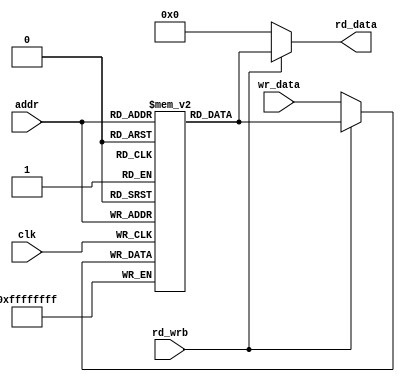
// Code your design here
module ram #(parameter ADDR_SIZE=4,
        parameter DATA_SIZE=32) (
  input clk,
  input [ADDR_SIZE-1:0] addr,
  input [DATA_SIZE-1:0] wr_data,
  input rd_wrb,
  output [DATA_SIZE-1:0] rd_data
);

  reg [DATA_SIZE-1:0] mem [0:(1<<ADDR_SIZE)-1];
  
  always@(posedge clk) begin
    mem[addr] <= rd_wrb ? mem[addr] : wr_data;
  end
  
  assign rd_data = rd_wrb ? mem[addr] : 'h0;
endmodule